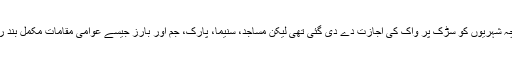
اگرچہ شہریوں کو سڑک پر واک کی اجازت دے دی گئی تھی لیکن مساجد، سنیما، پارک، جم اور بارز جیسے عوامی مقامات مکمل بند رہے۔